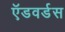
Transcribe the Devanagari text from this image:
ऍडवर्डस